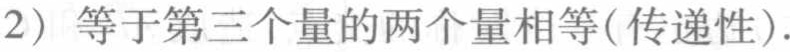
(2) 等于第三个量的两个量相等(传递性).